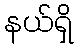
နယ်ရှိ